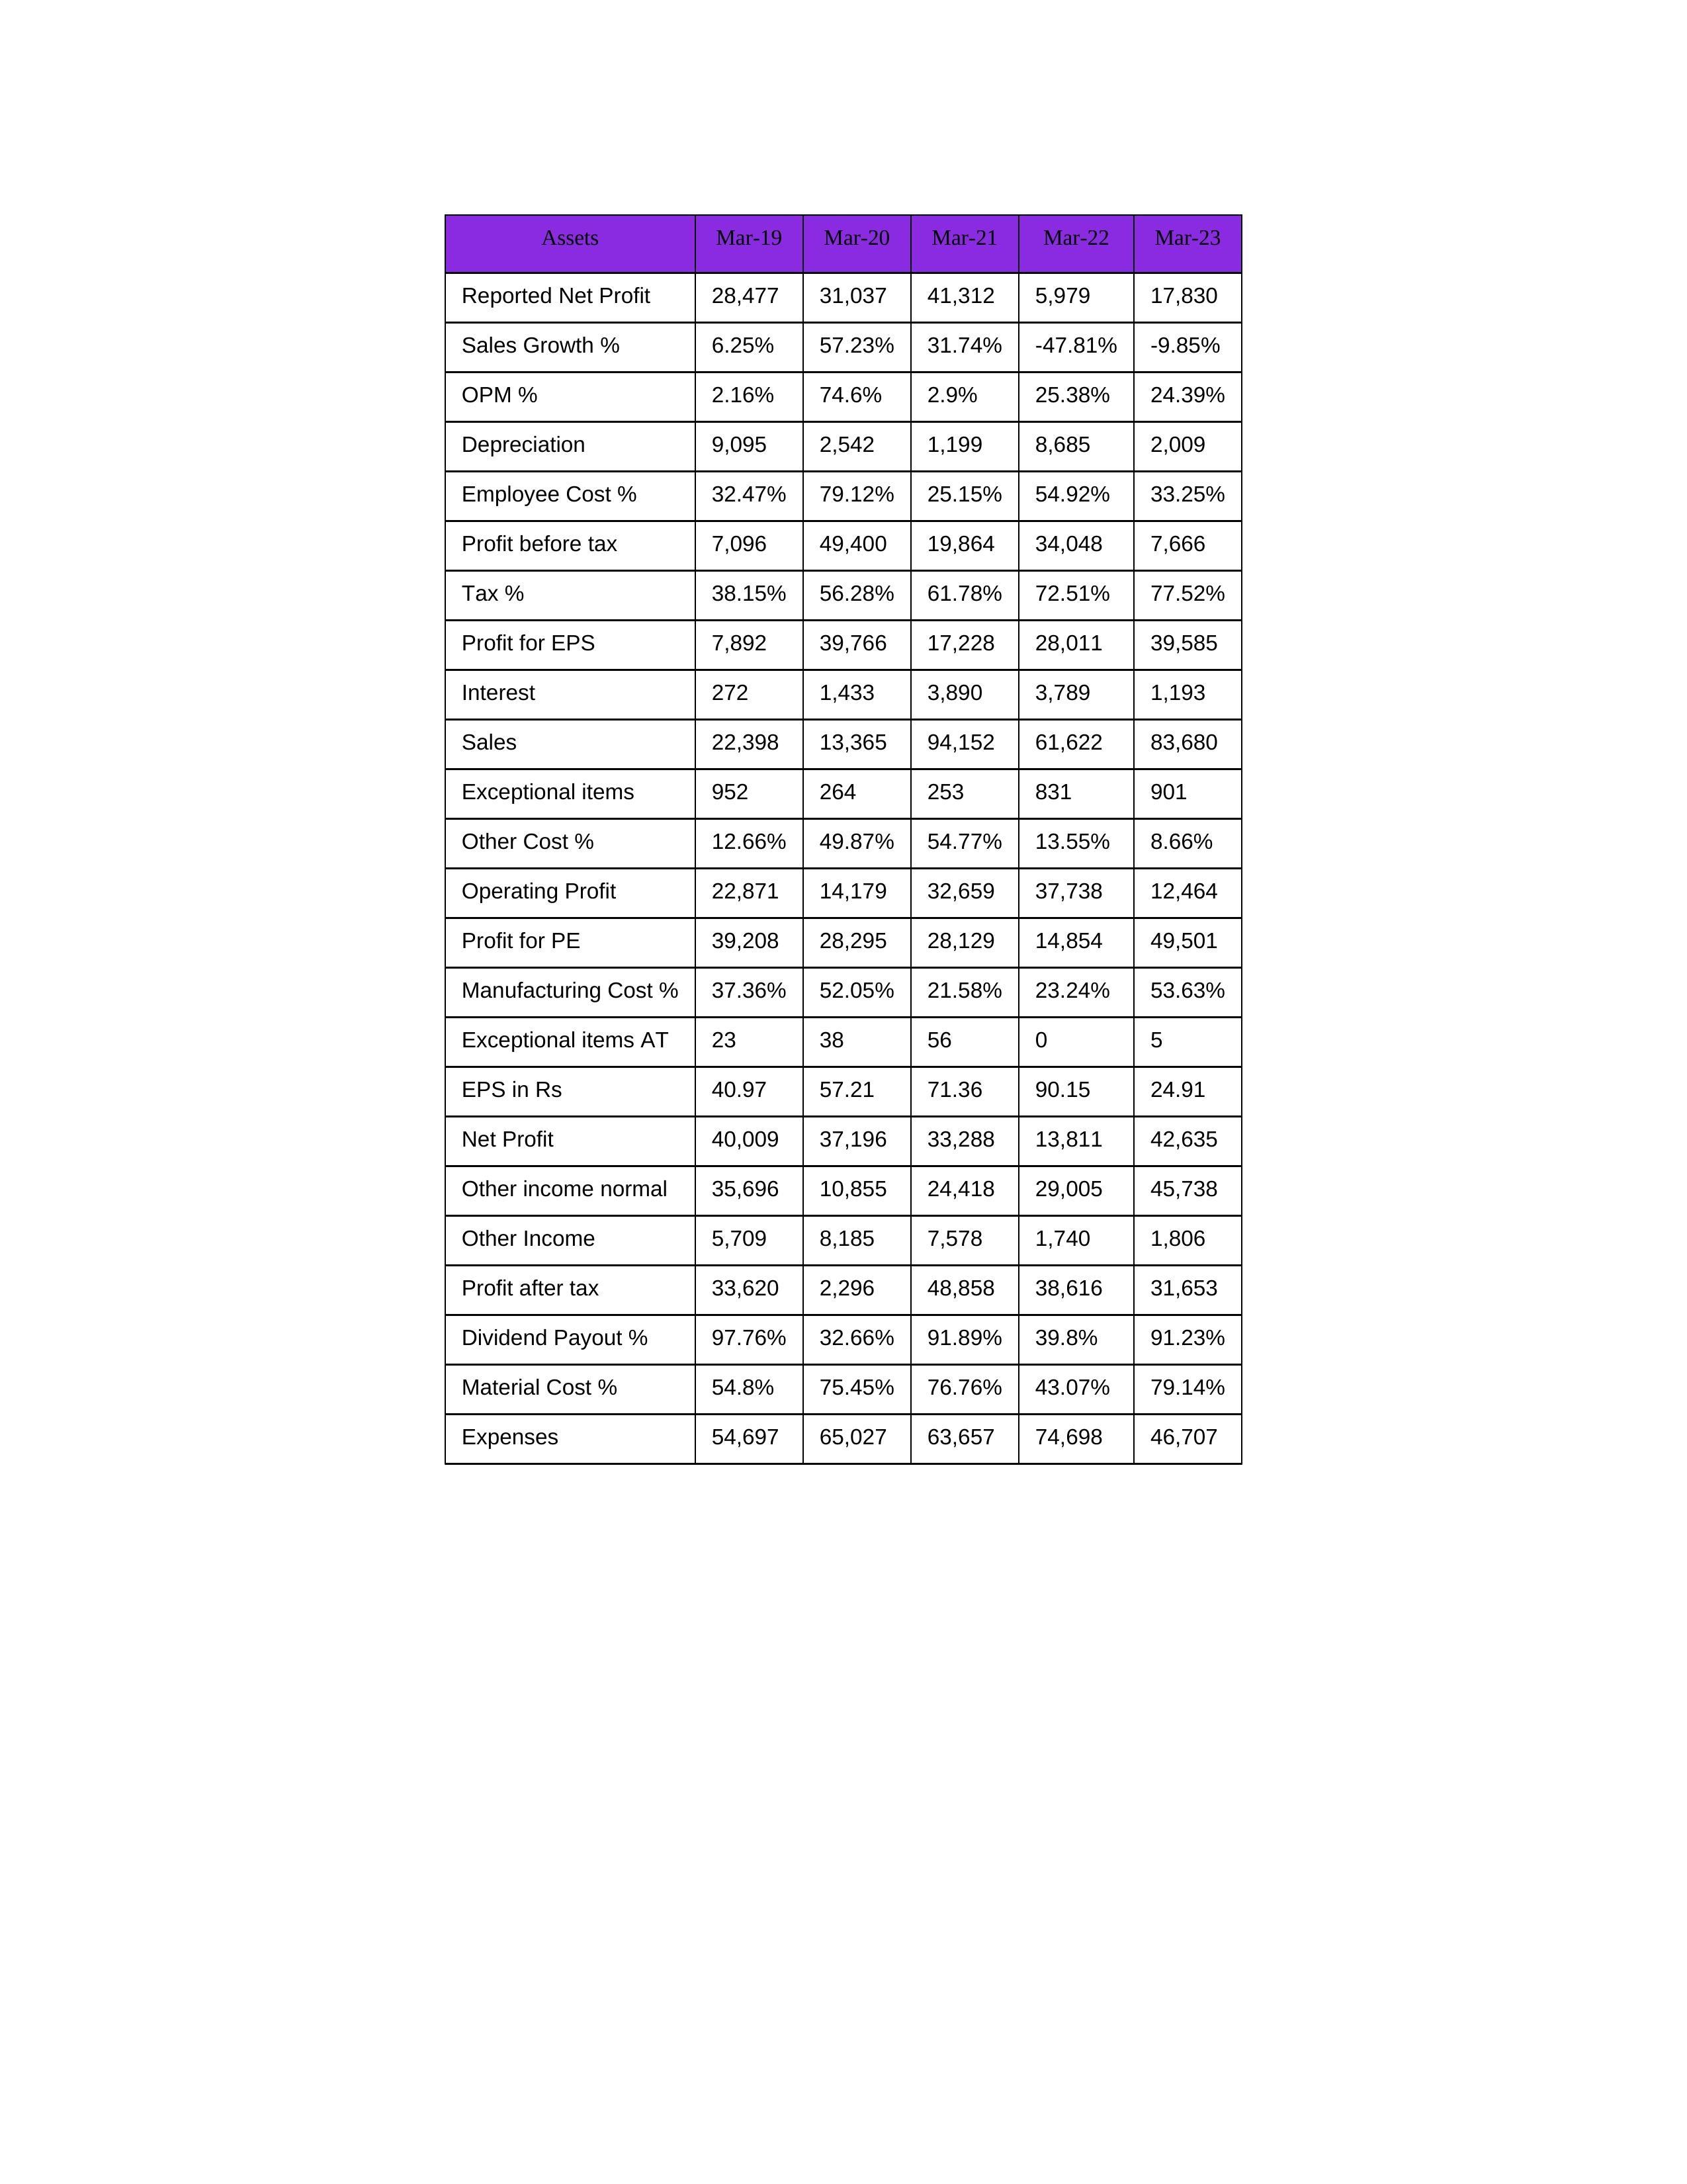
gt_parse: Mar-19: Sales: 22,398
Sales Growth %: 6.25%
Expenses: 54,697
Material Cost %: 54.8%
Manufacturing Cost %: 37.36%
Employee Cost %: 32.47%
Other Cost %: 12.66%
Operating Profit: 22,871
OPM %: 2.16%
Other Income: 5,709
Exceptional items: 952
Other income normal: 35,696
Interest: 272
Depreciation: 9,095
Profit before tax: 7,096
Tax %: 38.15%
Net Profit: 40,009
Profit after tax: 33,620
Reported Net Profit: 28,477
Profit for EPS: 7,892
Exceptional items AT: 23
Profit for PE: 39,208
EPS in Rs: 40.97
Dividend Payout %: 97.76%
Mar-20: Sales: 13,365
Sales Growth %: 57.23%
Expenses: 65,027
Material Cost %: 75.45%
Manufacturing Cost %: 52.05%
Employee Cost %: 79.12%
Other Cost %: 49.87%
Operating Profit: 14,179
OPM %: 74.6%
Other Income: 8,185
Exceptional items: 264
Other income normal: 10,855
Interest: 1,433
Depreciation: 2,542
Profit before tax: 49,400
Tax %: 56.28%
Net Profit: 37,196
Profit after tax: 2,296
Reported Net Profit: 31,037
Profit for EPS: 39,766
Exceptional items AT: 38
Profit for PE: 28,295
EPS in Rs: 57.21
Dividend Payout %: 32.66%
Mar-21: Sales: 94,152
Sales Growth %: 31.74%
Expenses: 63,657
Material Cost %: 76.76%
Manufacturing Cost %: 21.58%
Employee Cost %: 25.15%
Other Cost %: 54.77%
Operating Profit: 32,659
OPM %: 2.9%
Other Income: 7,578
Exceptional items: 253
Other income normal: 24,418
Interest: 3,890
Depreciation: 1,199
Profit before tax: 19,864
Tax %: 61.78%
Net Profit: 33,288
Profit after tax: 48,858
Reported Net Profit: 41,312
Profit for EPS: 17,228
Exceptional items AT: 56
Profit for PE: 28,129
EPS in Rs: 71.36
Dividend Payout %: 91.89%
Mar-22: Sales: 61,622
Sales Growth %: -47.81%
Expenses: 74,698
Material Cost %: 43.07%
Manufacturing Cost %: 23.24%
Employee Cost %: 54.92%
Other Cost %: 13.55%
Operating Profit: 37,738
OPM %: 25.38%
Other Income: 1,740
Exceptional items: 831
Other income normal: 29,005
Interest: 3,789
Depreciation: 8,685
Profit before tax: 34,048
Tax %: 72.51%
Net Profit: 13,811
Profit after tax: 38,616
Reported Net Profit: 5,979
Profit for EPS: 28,011
Exceptional items AT: 0
Profit for PE: 14,854
EPS in Rs: 90.15
Dividend Payout %: 39.8%
Mar-23: Sales: 83,680
Sales Growth %: -9.85%
Expenses: 46,707
Material Cost %: 79.14%
Manufacturing Cost %: 53.63%
Employee Cost %: 33.25%
Other Cost %: 8.66%
Operating Profit: 12,464
OPM %: 24.39%
Other Income: 1,806
Exceptional items: 901
Other income normal: 45,738
Interest: 1,193
Depreciation: 2,009
Profit before tax: 7,666
Tax %: 77.52%
Net Profit: 42,635
Profit after tax: 31,653
Reported Net Profit: 17,830
Profit for EPS: 39,585
Exceptional items AT: 5
Profit for PE: 49,501
EPS in Rs: 24.91
Dividend Payout %: 91.23%